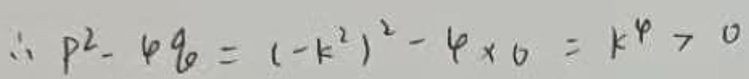
\[
\therefore p^{2}-4q = (-k^{2})^{2}-4\times0=k^{4}>0
\]